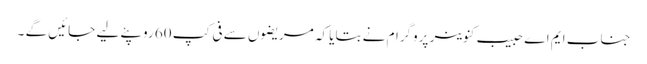
جناب ایم اے حبیب کنوینر پروگرام نے بتایا کہ مریضوں سے فی کپ 60 روپئے لیے جائیں گے ۔